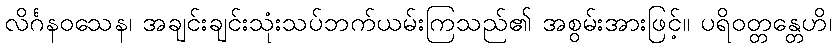
လိင်္ဂနဝသေန၊ အချင်းချင်းသုံးသပ်ဘက်ယမ်းကြသည်၏ အစွမ်းအားဖြင့်။ ပရိဝတ္တန္တေဟိ၊